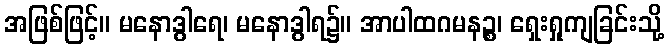
အဖြစ်ဖြင့်။ မနောဒွါရေ၊ မနောဒွါရ၌။ အာပါထဂမနဉ္စ၊ ရှေးရှုကျခြင်းသို့